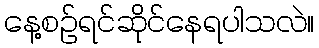
နေ့စဉ်ရင်ဆိုင်နေရပါသလဲ။